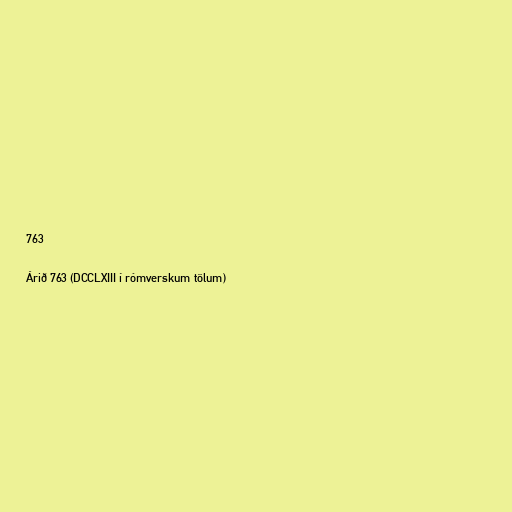
763

Árið 763 (DCCLXIII í rómverskum tölum)